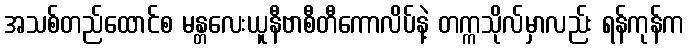
အသစ်တည်ထောင်စ မန္တလေးယူနီဗာစီတီကောလိပ်နဲ့ တက္ကသိုလ်မှာလည်း ရန်ကုန်က